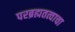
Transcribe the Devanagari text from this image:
परब्रह्मतत्वाचा